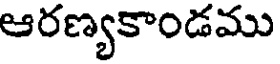
ఆరణ్యకాండము